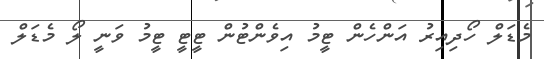
މެޑަލް ހޯދިއިރު އަންހެން ޓީމު އިވެންޓުން ޓީޓީ ޓީމު ވަނީ ލޯ މެޑަލް